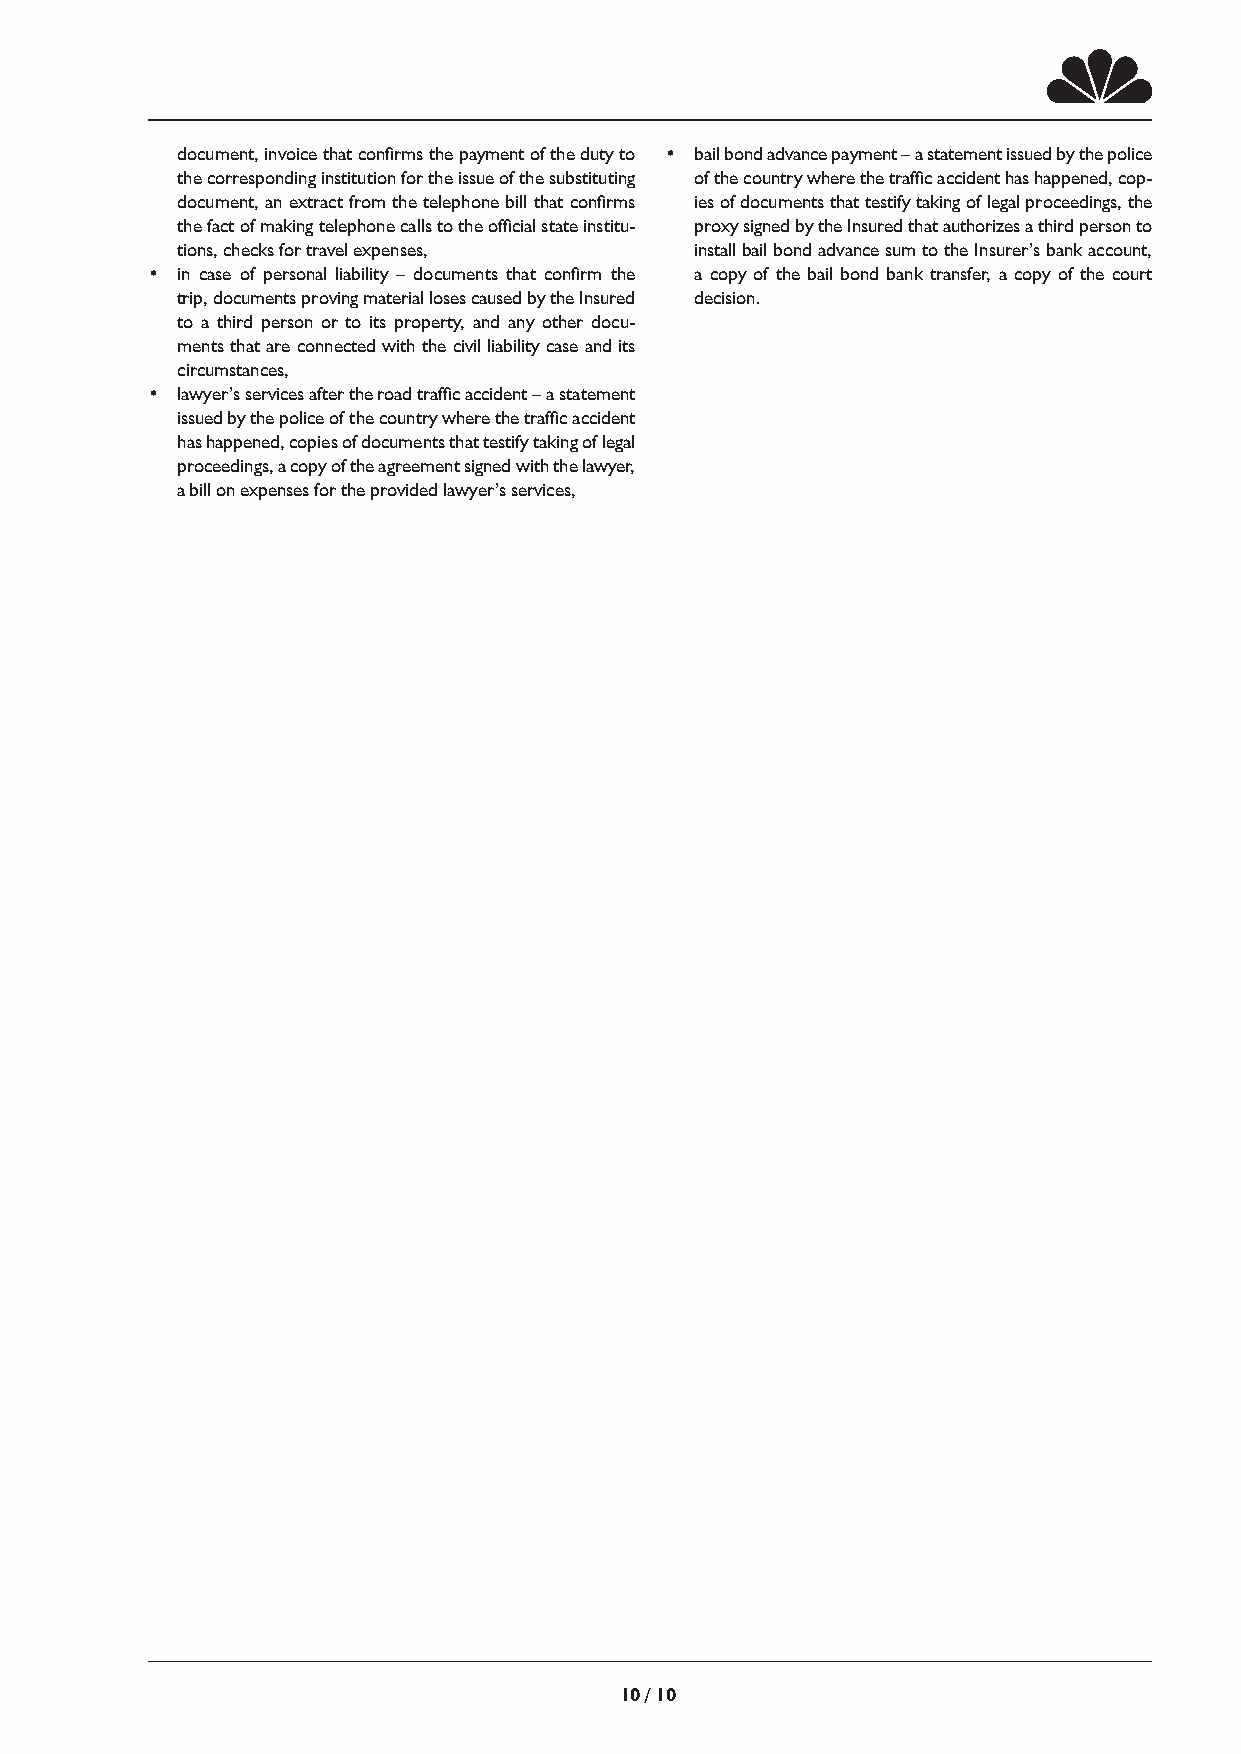
document, invoice that confirms the payment of the duty to • bail bond advance payment – a statement issued by the police
 the corresponding institution for the issue of the substituting of the country where the traffic accident has happened, cop-
 document, an extract from the telephone bill that confirms ies of documents that testify taking of legal proceedings, the
 the fact of making telephone calls to the official state institu- proxy signed by the Insured that authorizes a third person to
 tions, checks for travel expenses, install bail bond advance sum to the Insurer’s bank account,
 • in case of personal liability – documents that confirm the a copy of the bail bond bank transfer, a copy of the court
 trip, documents proving material loses caused by the Insured decision.
 to a third person or to its property, and any other docu-
 ments that are connected with the civil liability case and its
 circumstances,
 • lawyer’s services after the road traffic accident – a statement
 issued by the police of the country where the traffic accident
 has happened, copies of documents that testify taking of legal
 proceedings, a copy of the agreement signed with the lawyer,
 a bill on expenses for the provided lawyer’s services,
 10 /10